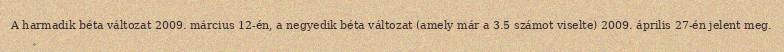
A harmadik béta változat 2009. március 12-én, a negyedik béta változat (amely már a 3.5 számot viselte) 2009. április 27-én jelent meg.